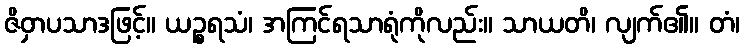
ဇိဝှာပသာဒဖြင့်။ ယဉ္စရသံ၊ အကြင်ရသာရုံကိုလည်း။ သာယတိ၊ လျက်၏။ တံ၊